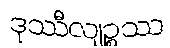
ဒုဿီလျဉ္စဿ